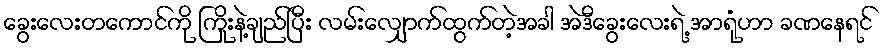
ခွေးလေးတကောင်ကို ကြိုးနဲ့ချည်ပြီး လမ်းလျှောက်ထွက်တဲ့အခါ အဲဒီခွေးလေးရဲ့ အာရုံဟာ ခဏနေရင်